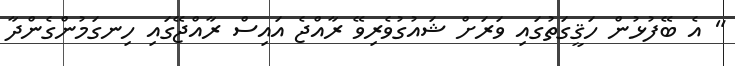
" އެ ބޭފުޅުން ހަޤީގަތުގައި ވަރަށް ޝައުގުވެރިވޭ ރާއްޖެ އައިސް ރާއްޖޭގައި ހިނގަމުންގެންދާ